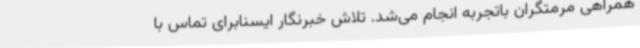
همراهی مرمتگران باتجربه انجام می‌شد. تلاش خبرنگار ایسنابرای تماس با